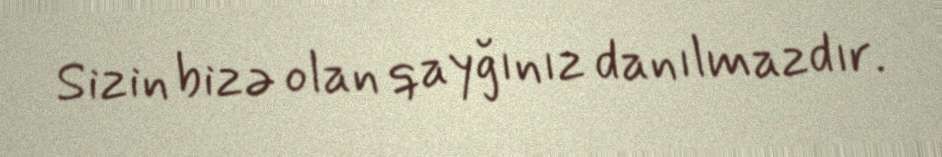
Sizin bizə olan qayğınız danılmazdır.